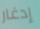
إدغار